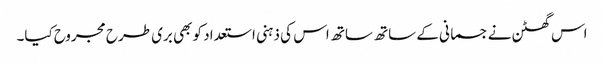
اس گھٹن نے جسمانی کے ساتھ ساتھ اس کی ذہنی استعداد کو بھی بری طرح مجروح کیا۔